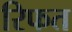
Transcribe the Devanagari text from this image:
रिफत